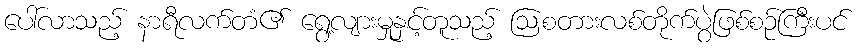
ပေါ်လာသည့် နာရီလက်တံ၏ ရွေ့လျားမှုနှင့်တူသည့် ဩစတားလစ်တိုက်ပွဲဖြစ်စဉ်ကြီးပင်